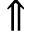
\Uparrow